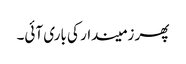
پھر زمیندار کی باری آئی۔